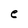
Character: e